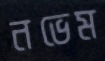
নভেম